NAE_ERA_R-2078_Sihtasutus_Eesti_Kontsert, lk 166
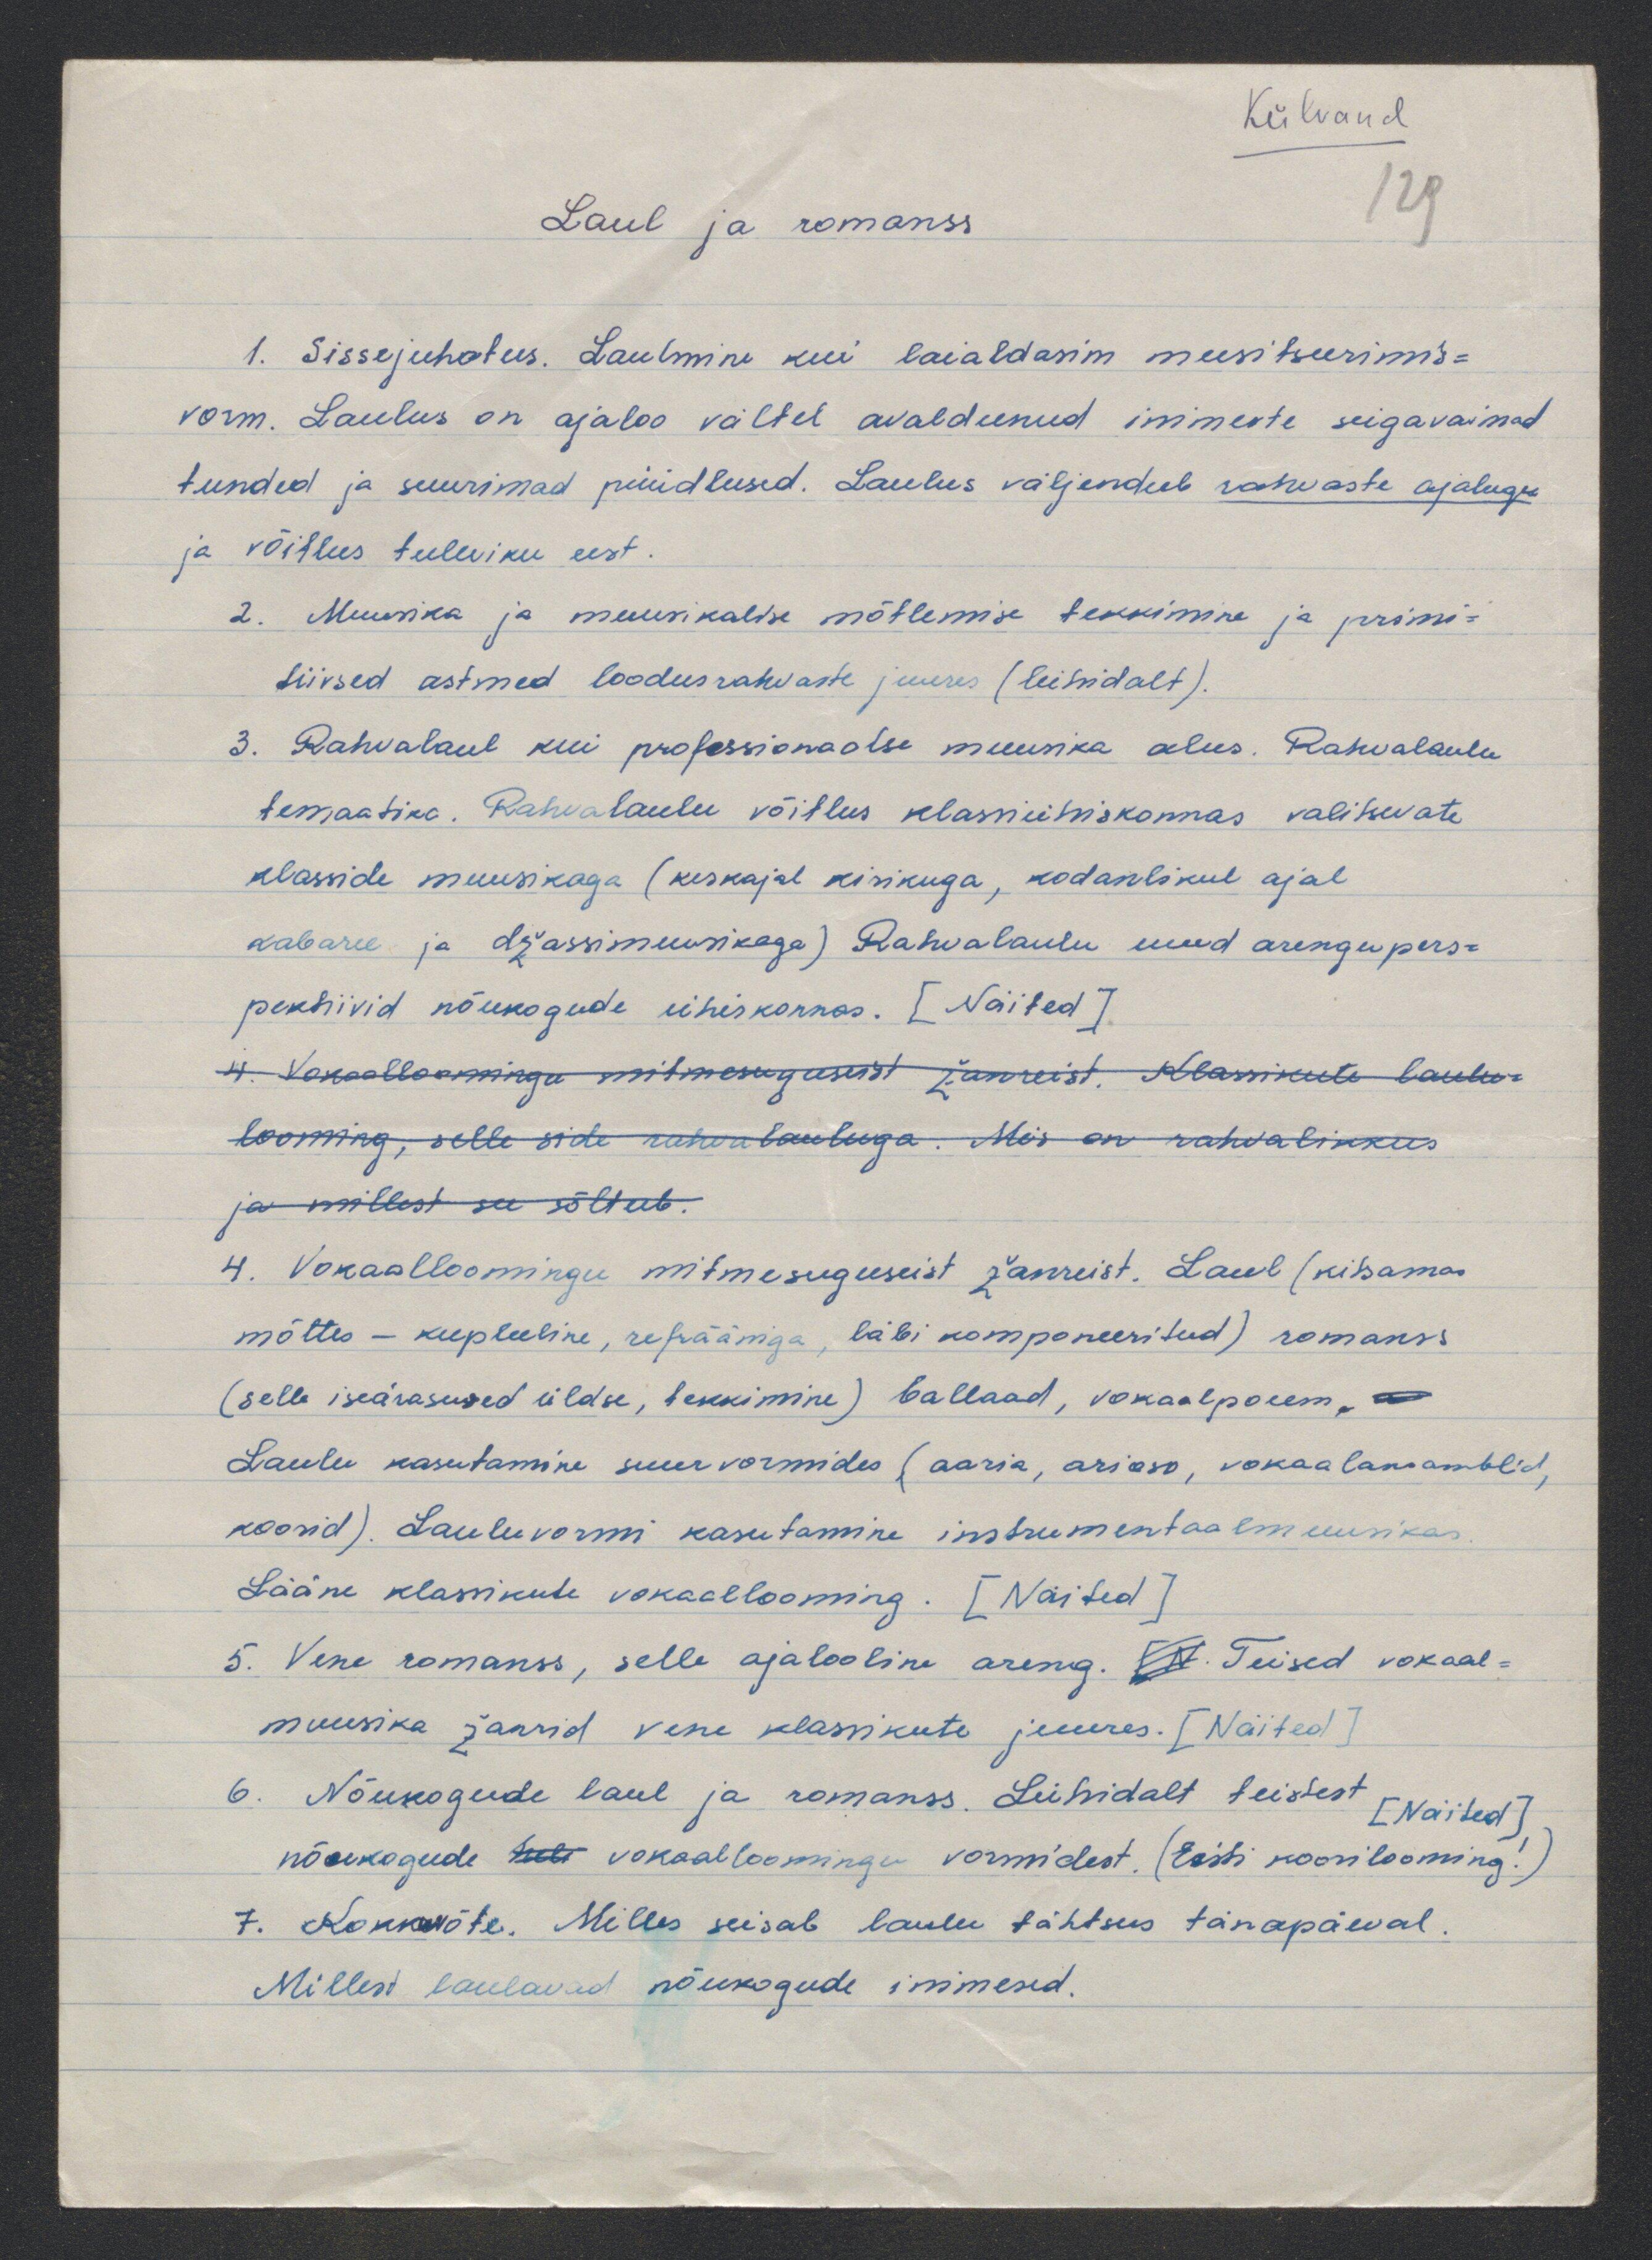
Külvand
129
Laul ja romanss
1. Sissejuhatus. Laulmine kui laialdasin musitseerimis-
vorm. Laulus on ajaloo vältel avaldunud inimeste sügavaimad
tunded ja suurimad püüdlused. Laulus väljendub rahvaste ajalugu
ja võitlus tuleviku eest.
2. Muusika ja muusikalise mõtlemise tekkimine ja primi-
tiivsed astmed loodusrahvaste juures (lühidalt).
3. Rahvalaul kui professionaalse muusika alus. Rahvalaulu
temaatika. Rahvalaulu võitlus klassiühiskonnas valitsevate
klasside muusikaga (keskajal kirikuga, kodanlikul ajal
kabaree ja džassimuusikaga) Rahvalaulu uued arengupers-
pektiivid nõukogude ühiskonnas.  [ Näited ].
4. Vokaalloomingu mitmesuguseist anreist. Klassikute laulu-
looming, selle side rahvalauluga. Meis on rahvalikkus
ja millest see sõttub.
4. Vokaalloomingu mitmesuguseist žanreist. Laul (kitsamas
mõttes - kupleeline, refääniga, läbi komponeeritud) romanss
(selle iseärasused üldse, tekkimine) ballaad, vokaalpoeem,
Laulu kasutamine suurvormides (aaria, arioso, vokaalansamblid,
koorid). Lauluvormi kasutamine instrumentaalmuusikas
Lääne klassikute vokaallooming. [ Näited ]
5. Vene romanss, selle ajalooline areng. Või Teised vokaal-
muusika žanrid vene klassikute juures. [ Näited ]
6. Nõukogude laul ja romanss. Lühidalt teistest [ Naited ]
nõukogude tuli vokaalloomingu vormidest. ( Eesti koorilooming! )
7. Kokkuvõte. Milles seisab laulu tähtsus tänapäeval.
Millest laulavad nõukogude inimesed.